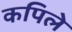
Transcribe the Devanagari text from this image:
कपिले